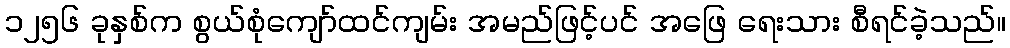
၁၂၅၆ ခုနှစ်က စွယ်စုံကျော်ထင်ကျမ်း အမည်ဖြင့်ပင် အဖြေ ရေးသား စီရင်ခဲ့သည်။